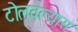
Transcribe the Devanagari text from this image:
टोलवल्यास